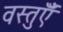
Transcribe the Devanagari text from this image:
वस्तुऍँ